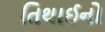
તિથાઈનો